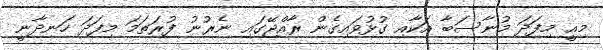
މިއީ މިފަދަ މުނާސަބާ އަކާއި ގުޅުވައިގެން ރާއްޖޭގައި ނެރުނު ފުރަތަމަ މިފަދަ ހަނދާނީ